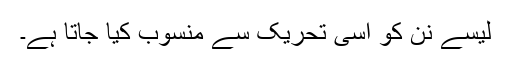
لیسے نن کو اسی تحریک سے منسوب کیا جاتا ہے۔